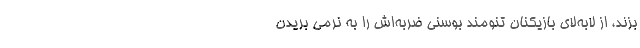
بزند، از لابه‌لای بازیکنان تنومند بوسنی ضربه‌اش را به نرمی بُریدن